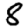
Digit: 8